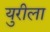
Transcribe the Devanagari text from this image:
युरीला